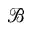
\mathcal B